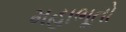
મહાભૂતો